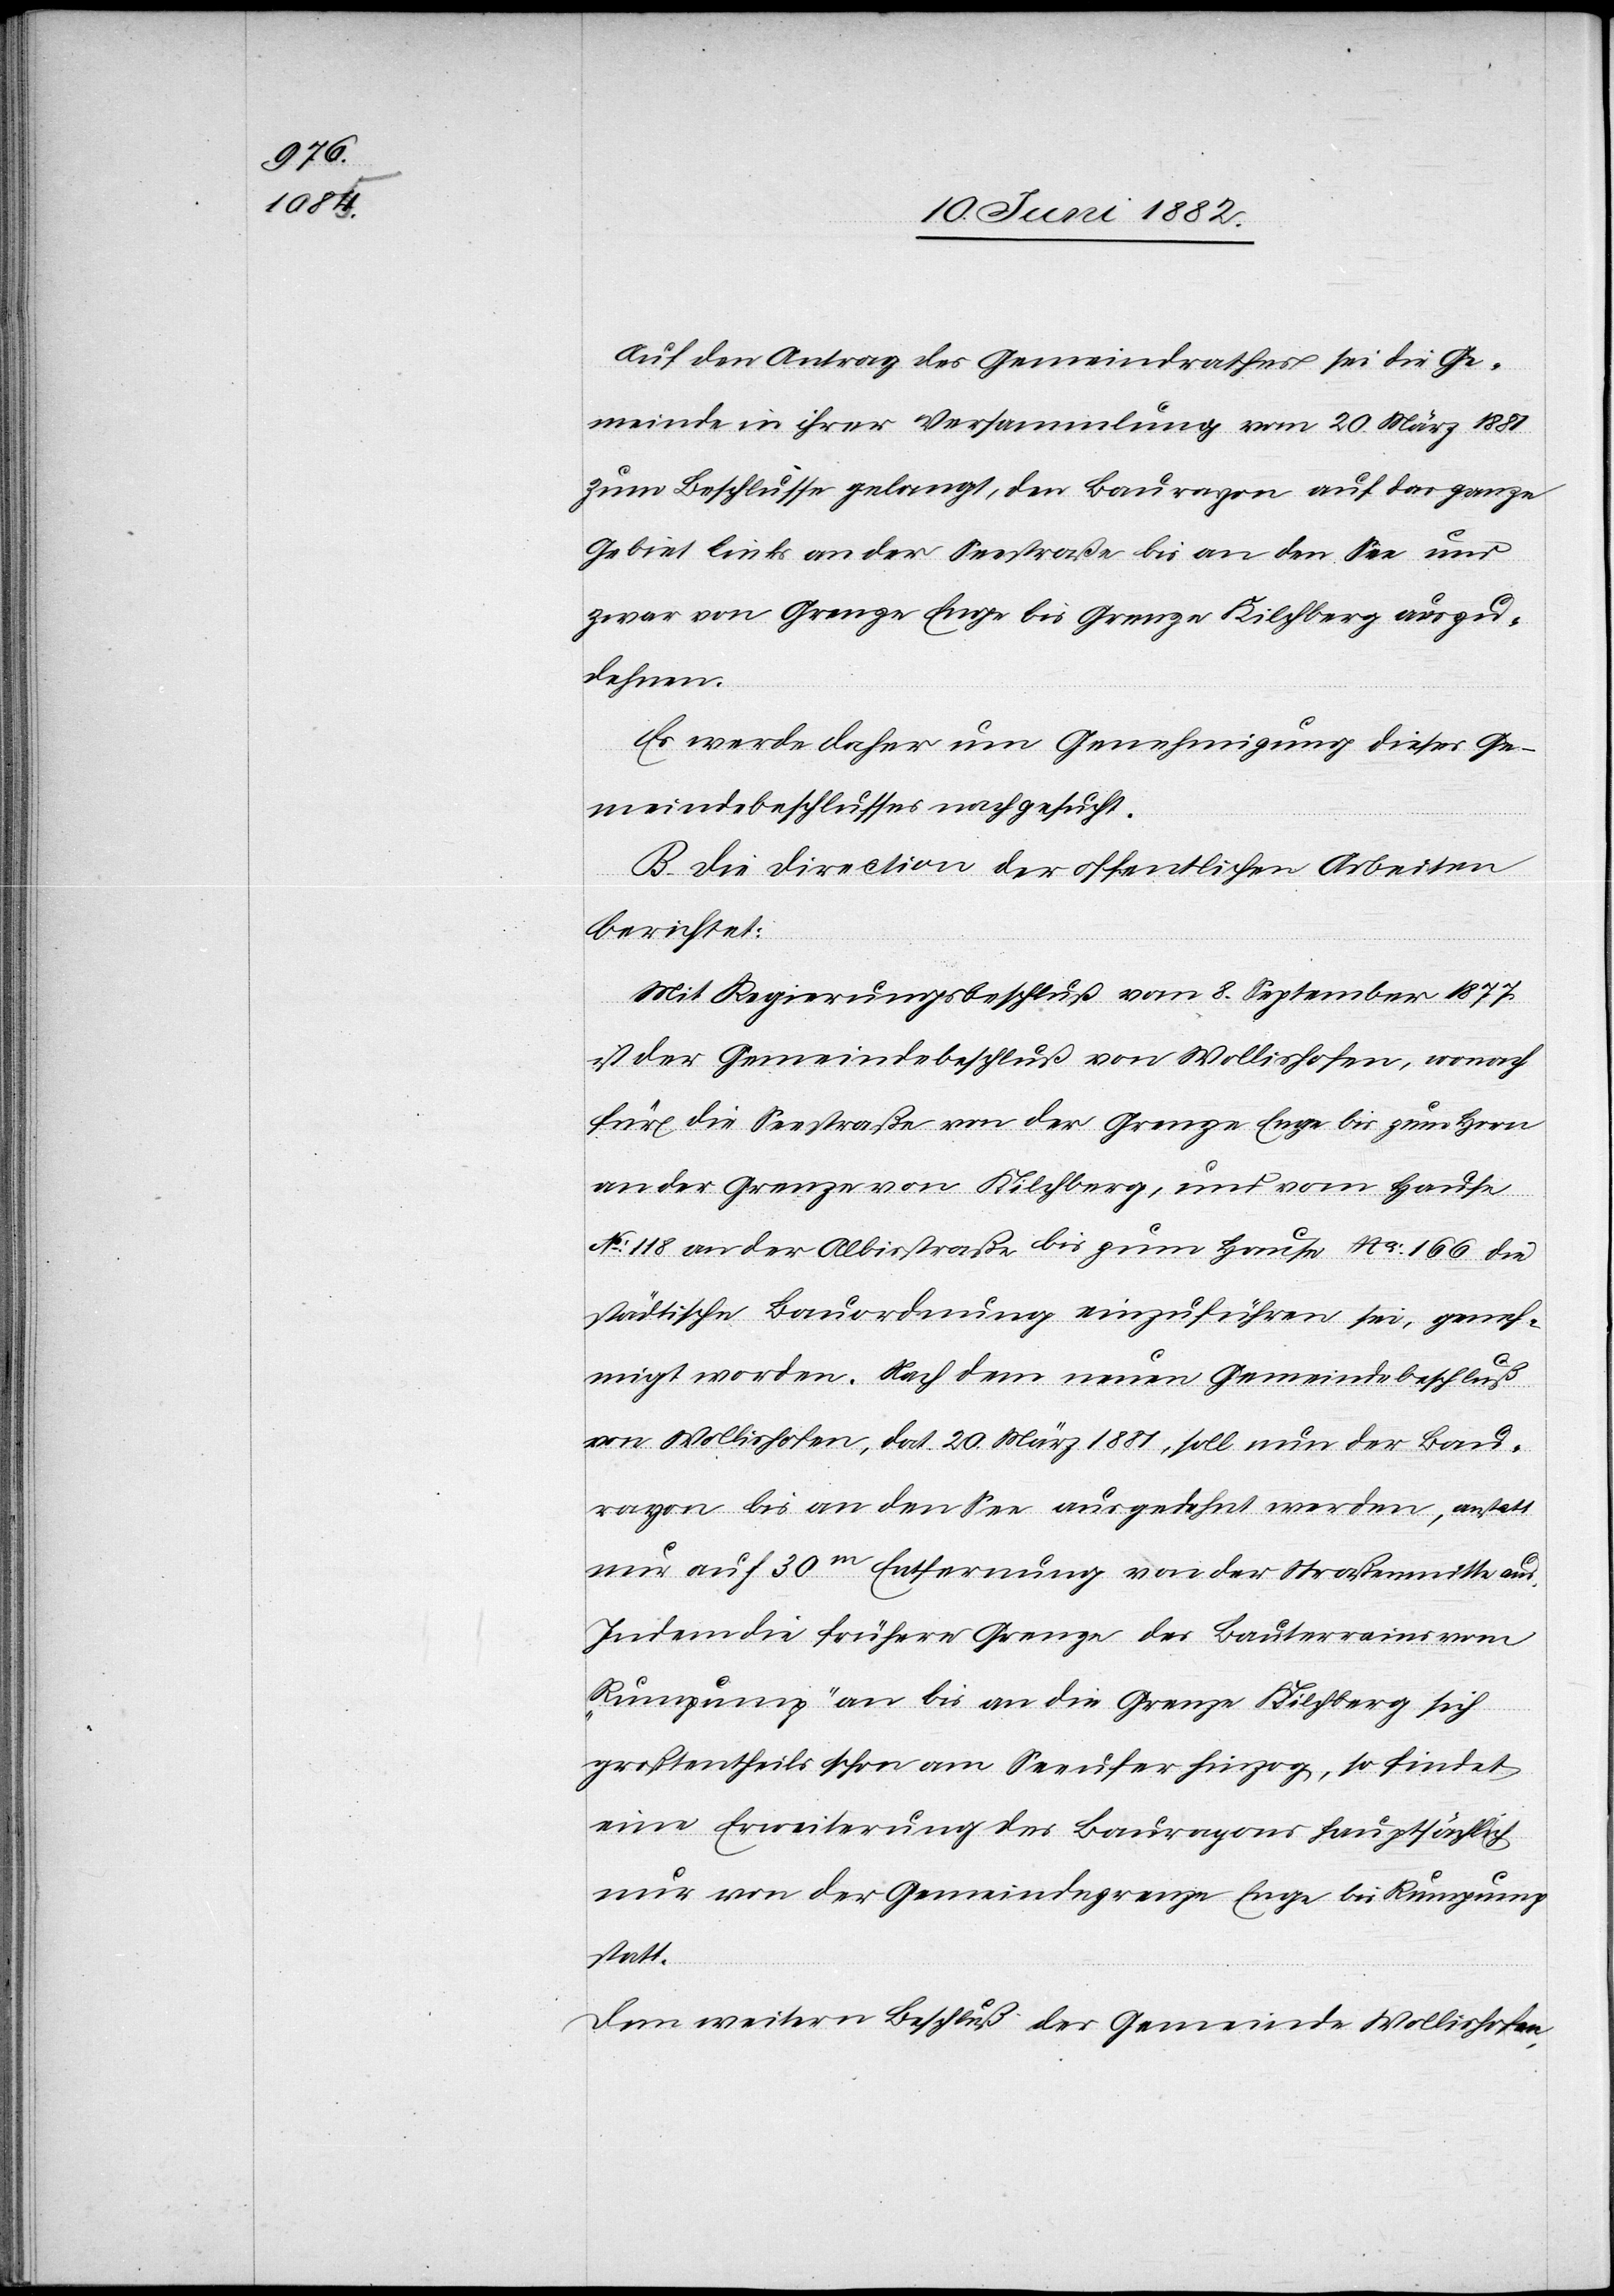
Auf den Antrag des Gemeindrathes sei die Ge¬
meinde in ihrer Versammlung vom 20. März 1881
zum Beschlusse gelangt, den Baurayon auf das ganze
Gebiet links an der Seestraße bis an den See und
zwar von Grenze Enge bis Grenze Kilchberg auszu¬
dehnen.
Es werde daher um Genehmigung dieses Ge¬
meindebeschlusses nachgesucht.
B. Die Direction der öffentlichen Arbeiten
berichtet:
Mit Regierungsbeschluß vom 8. September 1877
ist der Gemeindebeschluß von Wollishofen, wonach
für die Seestraße von der Grenze Enge bis zum Horn
an der Grenze von Kilchberg, und vom Hause
No 118 an der Albisstraße bis zum Hause No 166 die
städtische Bauordnung einzuführen sei, geneh¬
migt worden. Nach dem neuen Gemeindebeschluß
von Wollishofen, dat. 20. März 1881, soll nun der Bau¬
rayon bis an den See ausgedehnt werden, anstatt
nur auf 30m Entfernung von der Straßenmitte aus.
Indem die frühere Grenze des Bauterrains vom
„Rumpump“ an bis an die Grenze Kilchberg sich
größtentheils schon am Seeufer hinzog, so findet
eine Erweiterung des Baurayons hauptsächlich
nur von der Gemeindegrenze Enge bis Rumpump
statt.
Dem weitern Beschluß der Gemeinde Wollishofen,